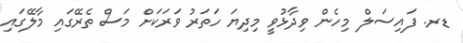
ޑރ. ފައިސަލް މިހެން ވިދާޅުވީ މިދިޔަ ހަތަރު ވަރަކަށް މަސް ތެރޭގައި މާލޭގައި